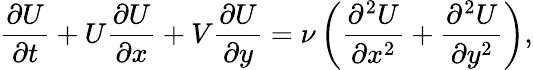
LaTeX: \frac{\partial U}{\partial t}+U\frac{\partial U}{\partial x}+V\frac{\partial U}{\partial y}=\nu\left(\frac{\partial^{2}U}{\partial x^{2}}+\frac{\partial^{2}U}{\partial y^{2}}\right),